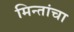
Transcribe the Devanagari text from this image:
मिन्तांचा